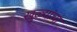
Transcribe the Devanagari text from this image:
खुळ्यांचा